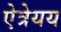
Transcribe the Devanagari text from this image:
ऐत्रेयय